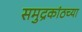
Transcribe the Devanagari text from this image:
समुद्रकांठच्या